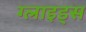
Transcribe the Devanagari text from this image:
ग्लाइड्स